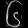
Digit: ၆